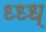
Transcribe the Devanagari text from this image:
ध्ध्ध्